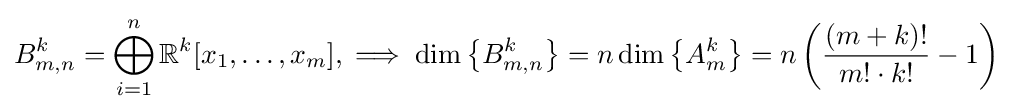
B_{m,n}^{k}=\bigoplus _{i=1}^{n}\mathbb {R} ^{k}[x_{1},\ldots ,x_{m}],\implies \dim \left\{B_{m,n}^{k}\right\}=n\dim \left\{A_{m}^{k}\right\}=n\left({\frac {(m+k)!}{m!\cdot k!}}-1\right)